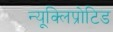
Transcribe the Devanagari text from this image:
न्यूक्लिप्रोटिड